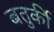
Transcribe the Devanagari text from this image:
बतुर्की